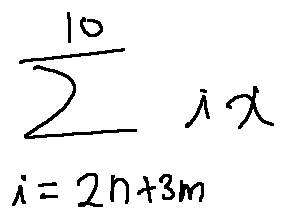
\sum \limits _ { i = 2 n + 3 m } ^ { 1 0 } i x